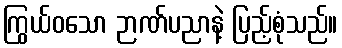
ကြွယ်ဝသော ဉာဏ်ပညာနဲ့ ပြည့်စုံသည်။